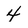
Character: 4